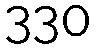
330